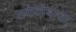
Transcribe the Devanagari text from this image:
तर्कदोषाचा